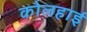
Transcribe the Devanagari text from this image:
कोलहाई